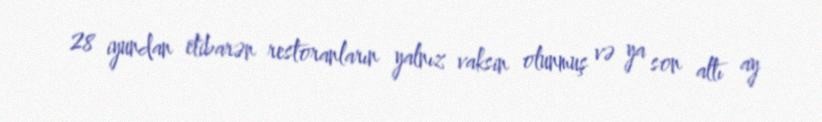
28 iyundan etibarən restoranların yalnız vaksin olunmuş və ya son altı ay